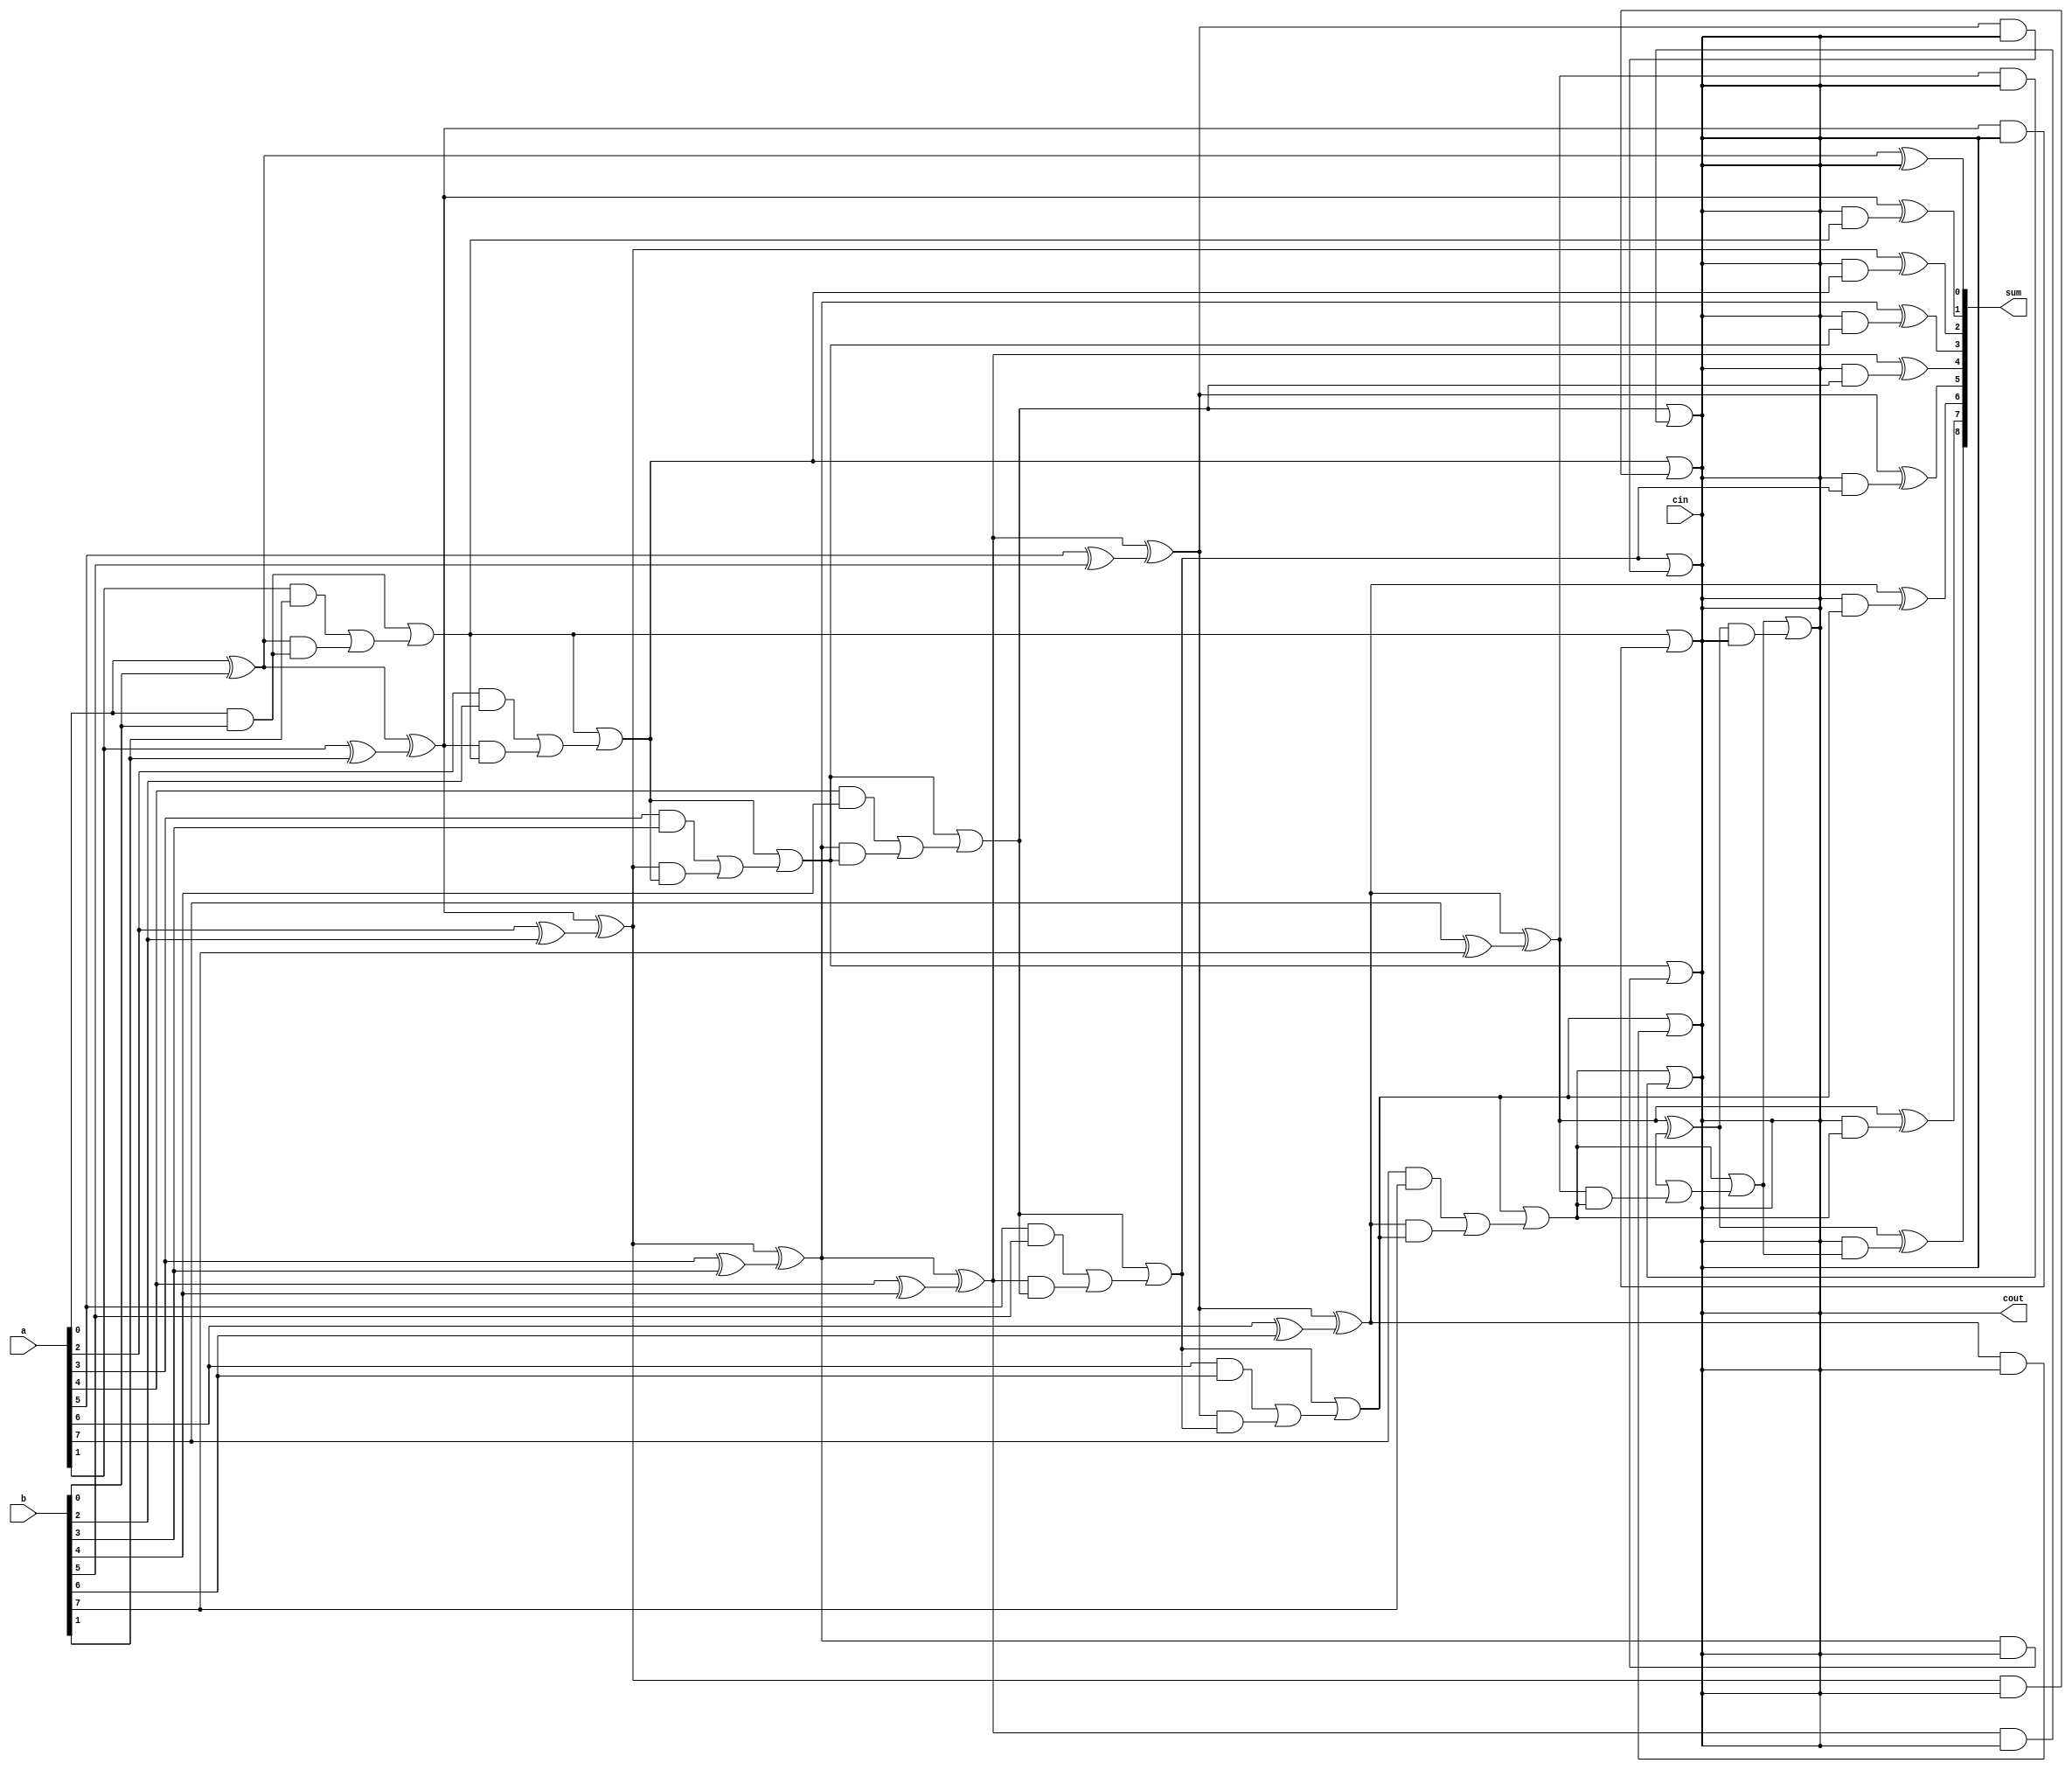
module kogge_stone_adder (
  input [7:0] a,
  input [7:0] b,
  input cin,
  output [8:0] sum,
  output cout
);

wire [8:0] p, g;

assign p[0] = a[0] ^ b[0];
assign g[0] = a[0] & b[0];

genvar i;
generate
for (i = 1; i < 9; i = i + 1) begin : gen_block
  assign p[i] = p[i-1] ^ (a[i] ^ b[i]);
  assign g[i] = g[i-1] | ((a[i] & b[i]) | (p[i-1] & g[i-1]));
end
endgenerate

assign sum[0] = a[0] ^ b[0] ^ cin;

generate
for (i = 1; i < 9; i = i + 1) begin : gen_carry
  assign sum[i] = p[i] ^ (cin & g[i]);
  assign cin = g[i] | (p[i] & cin);
end
endgenerate

assign cout = cin;

endmodule